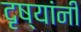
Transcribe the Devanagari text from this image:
दृष्यांनी